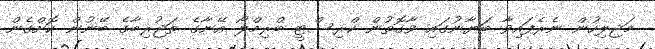
މަޖިލިހުން ނެރެފައިވާ ބަޔާނުގައި ވާގޮތުން ކްރިސްޓީ ބްރިމްލޯ އޭނާގެ ތަޖުރިބާގެ ބޭނުން ކޮށްގެން